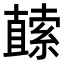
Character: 𭅬